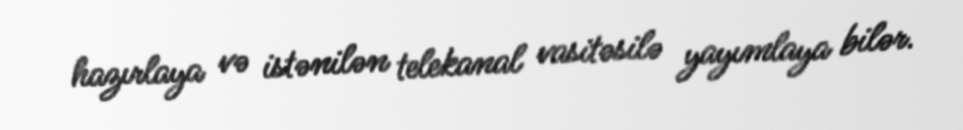
hazırlaya və istənilən telekanal vasitəsilə yayımlaya bilər.